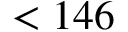
< 1 4 6